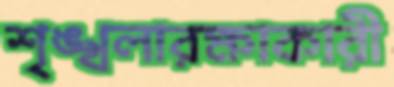
শৃঙ্খলারক্ষাকারী